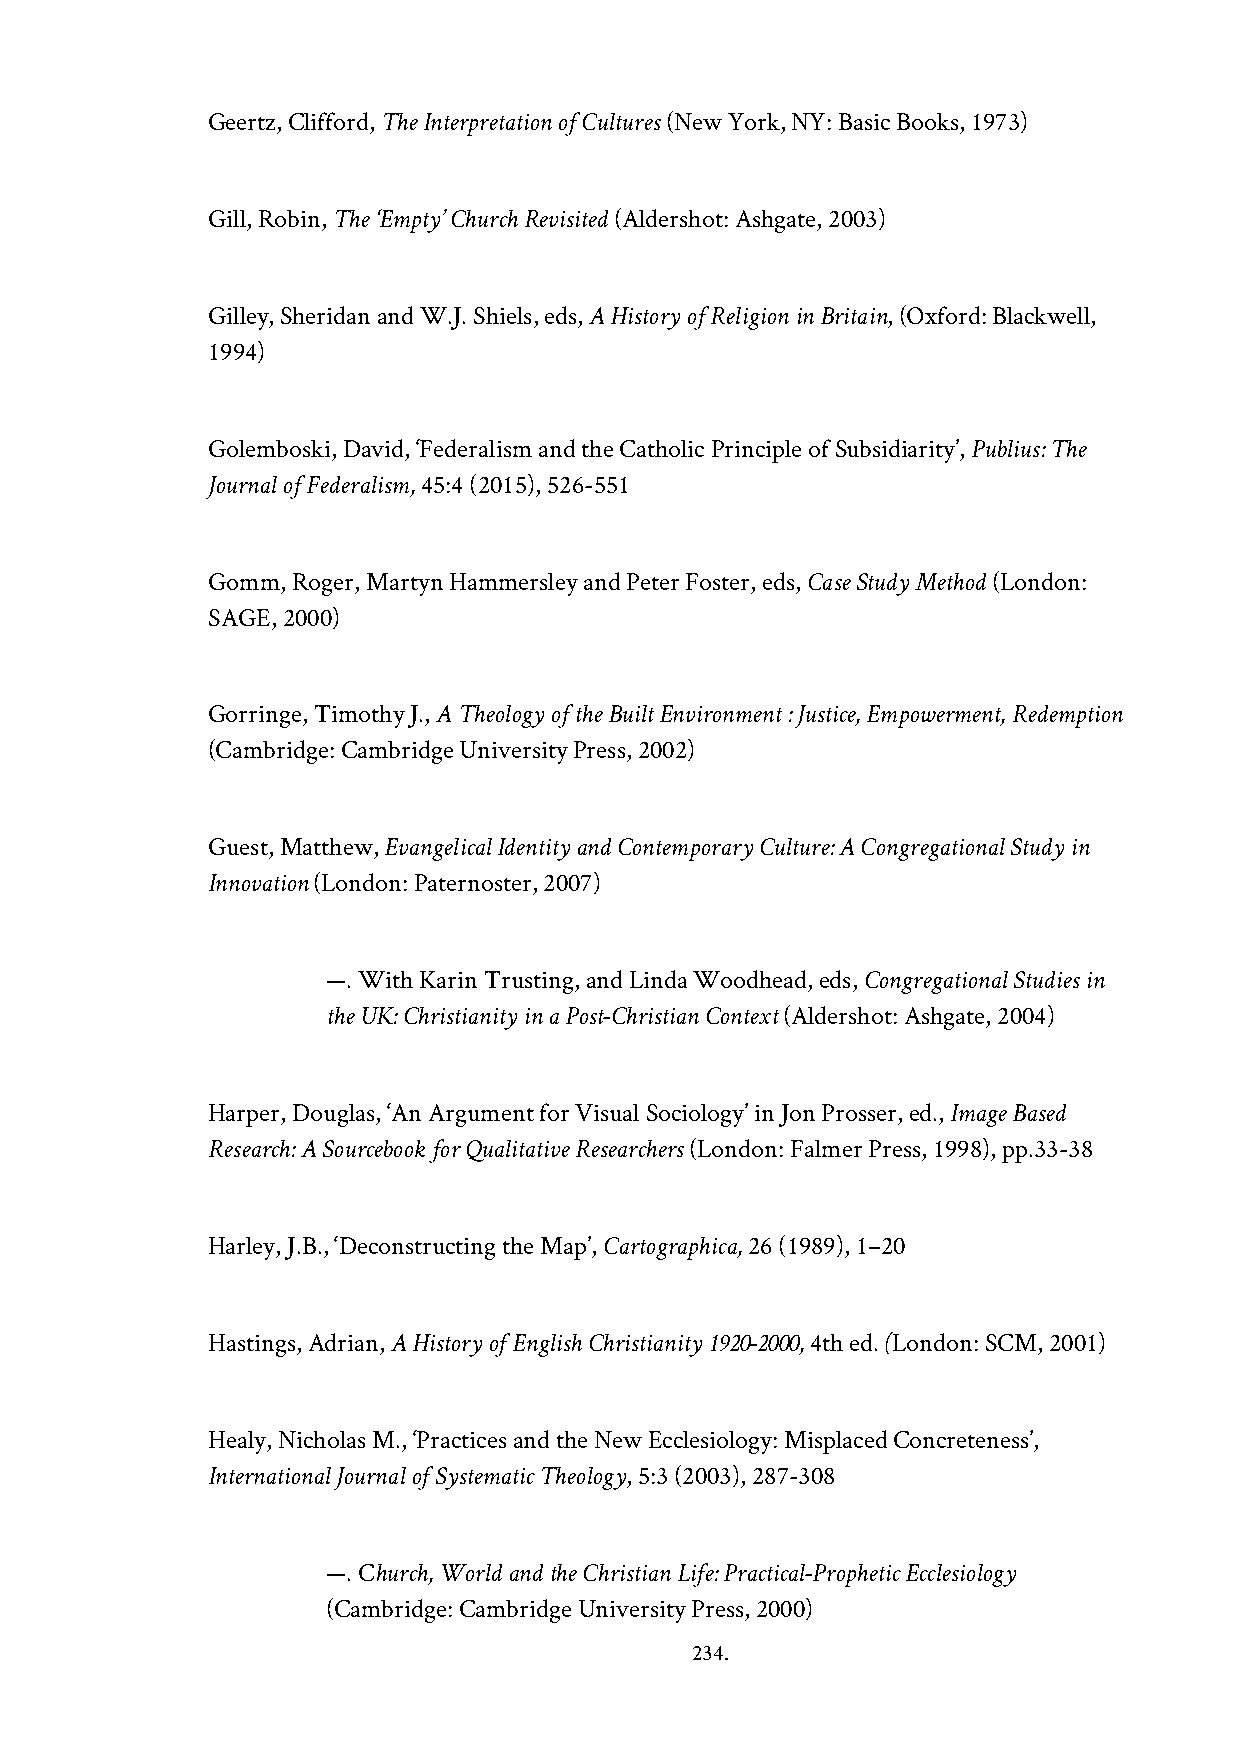
Geertz, Clifford, The Interpretation of Cultures (New York, NY: Basic Books, 1973)
 Gill, Robin, The ‘Empty’ Church Revisited (Aldershot: Ashgate, 2003)
 Gilley, Sheridan and W.J. Shiels, eds, A History of Religion in Britain, (Oxford: Blackwell,
 1994)
 Golemboski, David, ‘Federalism and the Catholic Principle of Subsidiarity’, Publius: The
 Journal of Federalism, 45:4 (2015), 526-551
 Gomm, Roger, Martyn Hammersley and Peter Foster, eds, Case Study Method (London:
 SAGE, 2000)
 Gorringe, Timothy J., A Theology of the Built Environment : Justice, Empowerment, Redemption
 (Cambridge: Cambridge University Press, 2002)
 Guest, Matthew, Evangelical Identity and Contemporary Culture: A Congregational Study in
 Innovation (London: Paternoster, 2007)
 —. With Karin Trusting, and Linda Woodhead, eds, Congregational Studies in
 the UK: Christianity in a Post-Christian Context (Aldershot: Ashgate, 2004)
 Harper, Douglas, ‘An Argument for Visual Sociology’ in Jon Prosser, ed., Image Based
 Research: A Sourcebook for Qualitative Researchers (London: Falmer Press, 1998), pp.33-38
 Harley, J.B., ‘Deconstructing the Map’, Cartographica, 26 (1989), 1–20
 Hastings, Adrian, A History of English Christianity 1920-2000, 4th ed. (London: SCM, 2001)
 Healy, Nicholas M., ‘Practices and the New Ecclesiology: Misplaced Concreteness’,
 International Journal of Systematic Theology, 5:3 (2003), 287-308
 —. Church, World and the Christian Life: Practical-Prophetic Ecclesiology
 (Cambridge: Cambridge University Press, 2000)
 234.